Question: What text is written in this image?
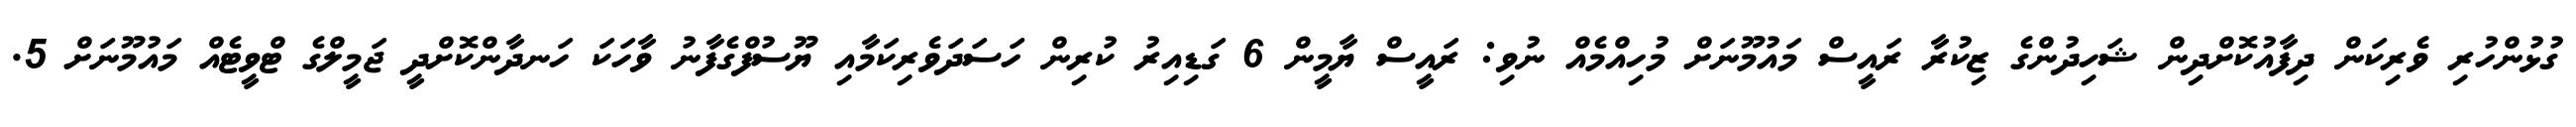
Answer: ގުޅުންހުރި ވެރިކަން ދިފާއުކޮށްދިން ޝަހިދުންގެ ޒިކުރާ ރައީސް މައުމޫނަށް މުހިއްމެއް ނުވި: ރައީސް ޔާމީން 6 ގަޑިއިރު ކުރިން ހަސަދަވެރިކަމާއި ޔޫސުފްގެފާނު ވާހަކަ ހަނދާންކޮށްދީ ޖަމީލްގެ ޓްވީޓެއް މައުމޫނަށް 5.